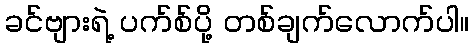
ခင်ဗျားရဲ့ ပက်စ်ပို့ တစ်ချက်လောက်ပါ။